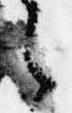
之